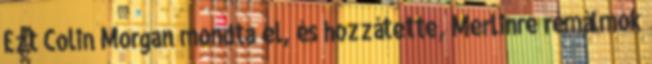
Ezt Colin Morgan mondta el, és hozzátette, Merlinre rémálmok